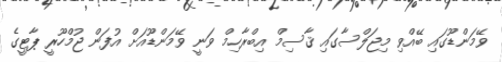
ވޭމަންޑޫގައި ބޭއްވި މިޖަލްސާގައި ޤާސިމް އިބްރާހިމް ވަނީ ވޭމަންޑޫއަށް އުފަން ޖުމްހޫރީ ޕާޓީގެ